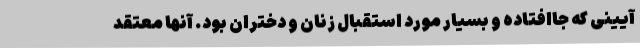
آیینی که جاافتاده و بسیار مورد استقبال زنان و دختران بود. آنها معتقد